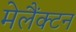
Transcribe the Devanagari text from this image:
मेलैंक्टन